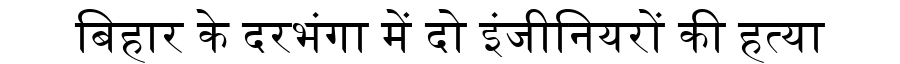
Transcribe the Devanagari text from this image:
बिहार के दरभंगा में दो इंजीनियरों की हत्या